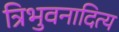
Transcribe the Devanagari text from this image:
त्रिभुवनादित्य